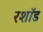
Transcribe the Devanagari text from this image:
रशॉड